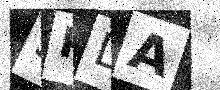
Text: 5PDA